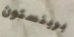
برينستون